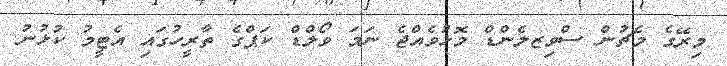
މިރޭގެ މެޗުން ސްވިޒލެންޑް މޮޅުވެއްޖެ ނަމަ ވޯލްޑް ކަޕްގެ ތާރީހުގައި އެޓީމު ކުޅުނު